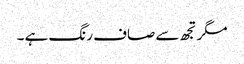
مگرتجھ سے صاف رنگ ہے ۔